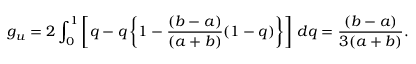
g _ { u } = 2 \int _ { 0 } ^ { 1 } \left[ q - q \left\{ 1 - \frac { ( b - a ) } { ( a + b ) } ( 1 - q ) \right\} \right] \, d q = \frac { ( b - a ) } { 3 ( a + b ) } .